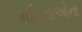
મહિનાઓના